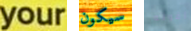
your سيكون اقوله